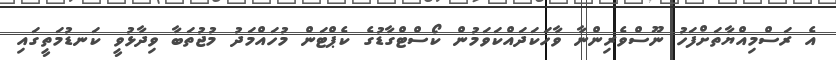
އެ ރަސްމިއްޔާތަށްފަހު ނޫސްވެރިންނާ ވާހަކަދައްކަވަމުން ކޯސްޓްގާޑުގެ ކެޕްޓަން މުހައްމަދު މުޖުތަބާ ވިދާޅުވީ ކަނޑުމަތީގައި